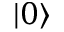
| 0 \rangle